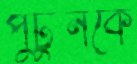
পুটুনকে